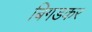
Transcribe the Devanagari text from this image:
बिगडकर